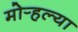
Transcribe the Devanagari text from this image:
मोर्‍हल्या